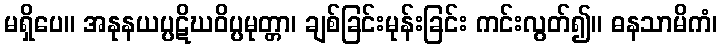
မရှိပေ။ အနုနယပ္ပဋိဃဝိပ္ပမုတ္တာ၊ ချစ်ခြင်းမုန်းခြင်း ကင်းလွတ်၍။ ဓနသာမိကံ၊